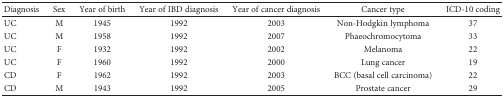
| Diagnosis | Sex | Year of birth | Year of IBD diagnosis | Year of cancer diagnosis | Cancer type | ICD-10 coding |
 | --- | --- | --- | --- | --- | --- | --- |
 | UC | M | 1945 | 1992 | 2003 | Non-Hodgkin lymphoma | 37 |
 | UC | M | 1958 | 1992 | 2007 | Phaeochromocytoma | 33 |
 | UC | F | 1932 | 1992 | 2002 | Melanoma | 22 |
 | UC | F | 1960 | 1992 | 2000 | Lung cancer | 19 |
 | CD | F | 1962 | 1992 | 2003 | BCC (basal cell carcinoma) | 22 |
 | CD | M | 1943 | 1992 | 2005 | Prostate cancer | 29 |